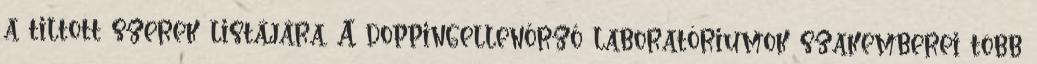
a tiltott szerek listájára. A doppingellenőrző laboratóriumok szakemberei több